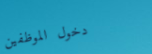
دخول الموظفين